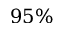
9 5 \%